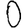
Digit: 0